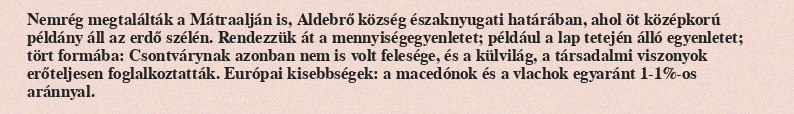
Nemrég megtalálták a Mátraalján is, Aldebrő község északnyugati határában, ahol öt középkorú példány áll az erdő szélén. Rendezzük át a mennyiségegyenletet; például a lap tetején álló egyenletet; tört formába: Csontvárynak azonban nem is volt felesége, és a külvilág, a társadalmi viszonyok erőteljesen foglalkoztatták. Európai kisebbségek: a macedónok és a vlachok egyaránt 1-1%-os aránnyal.